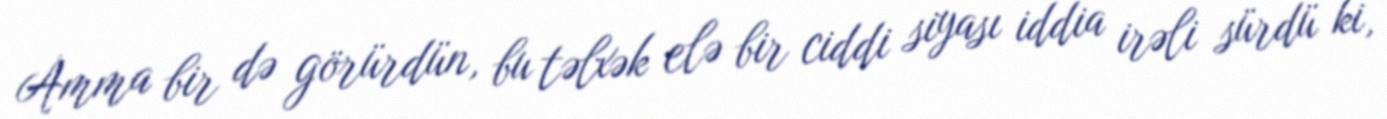
Amma bir də görürdün, bu təlxək elə bir ciddi siyası iddia irəli sürdü ki,